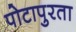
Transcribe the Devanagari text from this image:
पोटापुरता